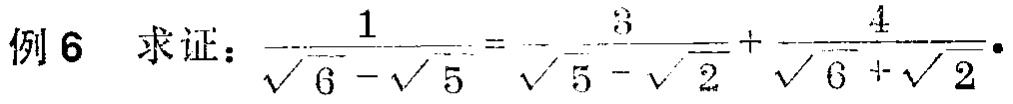
例6 求证：$\frac{1}{\sqrt{6}-\sqrt{5}} = -\frac{3}{\sqrt{5}-\sqrt{2}}+\frac{4}{\sqrt{6}+\sqrt{2}}$